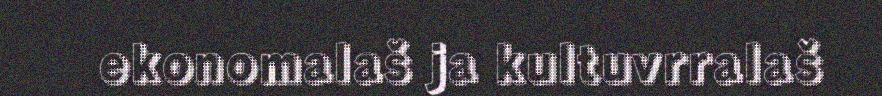
ekonomalaš ja kultuvrralaš